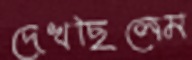
দেখছিলেম